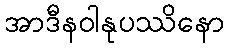
အာဒီနဝါနုပဿိနော